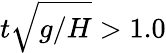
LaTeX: t\sqrt{g/H}>1.0